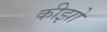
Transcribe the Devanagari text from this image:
कीझो